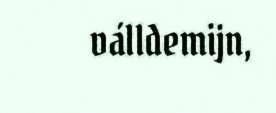
válldemijn,